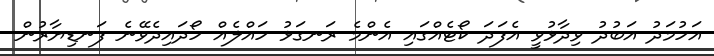
އަހުމަދު އަބުދު ވިދާޅުވީ އެފަދަ ކޯޓެއްގައި އެންމެ ރަނގަޅު ހައްލެއް ހޯދައިދެވޭނެ ފަނޑިޔާރުން